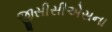
જીસીસીએસના